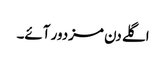
اگلے دن مزدور آئے۔